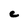
Character: C